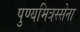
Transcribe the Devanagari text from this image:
पुण्यमित्रस्सेना